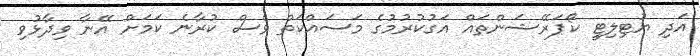
އަދި ޔުޓިލިޓީ ކޯޕަރޭޝަންތައް އަގުކުރުމުގެ މަސައްކަތް ވެސް ކުރާނެ ކަމަށް އޭނާ ވިދާޅުވި